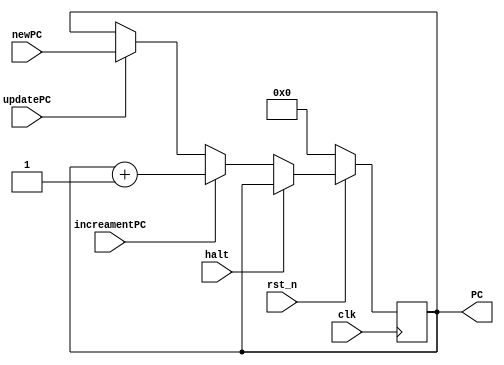
module PC (clk,rst_n,halt, newPC , updatePC , increamentPC,PC);
	
	input clk,rst_n,halt;

	input updatePC , increamentPC;
	input [15:0] newPC;
	
	output [15:0] PC;

	reg [15:0] PC_reg;

	always@(posedge clk)	begin
		if(~rst_n)
			PC_reg <= 0;
		else begin
			if(halt)
				PC_reg <= PC_reg;
			else if(increamentPC)
				PC_reg <= PC_reg +1;
			else if(updatePC)
				PC_reg <= newPC;
		end
	end

	assign PC = PC_reg;

endmodule